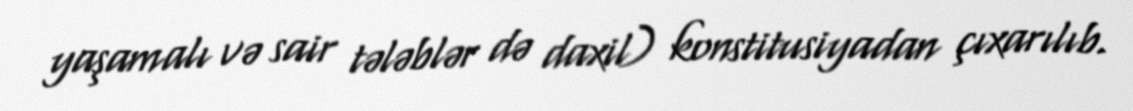
yaşamalı və sair tələblər də daxil) konstitusiyadan çıxarılıb.